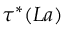
\tau ^ { * } ( L a )